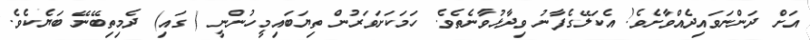
އަށް ދަންނަވައިދެއްވާށެވެ! އެކަލޭގެފާނު ވިދާޅުވާނެތެވެ. ހަމަކަށަވަރުން ތިޔަބައިމީހުންނީ ( ގައި) ދެމިތިބޭނޭ ބަޔެކެވެ.